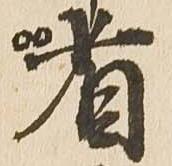
省